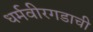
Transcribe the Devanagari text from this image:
धर्मवीरगडाची